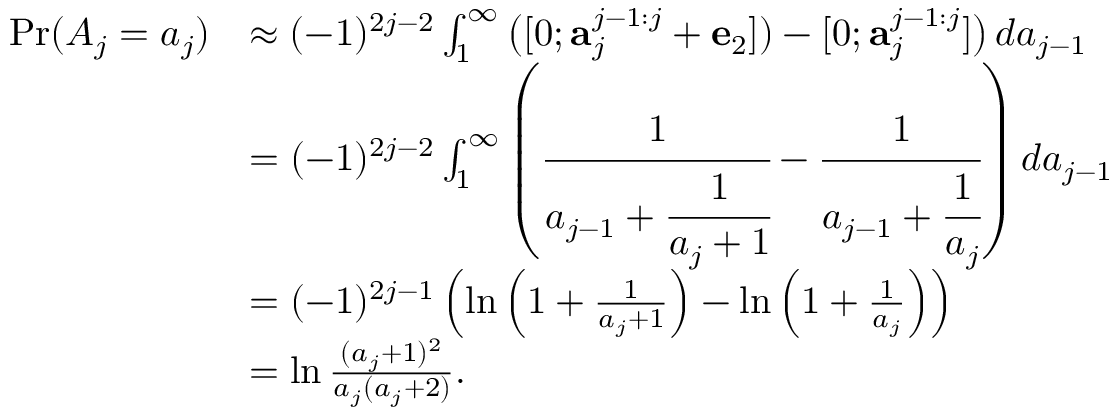
\begin{array} { r l } { \operatorname* { P r } ( A _ { j } = a _ { j } ) } & { \approx ( - 1 ) ^ { 2 j - 2 } \int _ { 1 } ^ { \infty } \big ( [ 0 ; \mathbf { a } _ { j } ^ { j - 1 : j } + \mathbf { e } _ { 2 } ] ) - [ 0 ; \mathbf { a } _ { j } ^ { j - 1 : j } ] \big ) \, d a _ { j - 1 } } \\ & { = ( - 1 ) ^ { 2 j - 2 } \int _ { 1 } ^ { \infty } \left( \cfrac { 1 } { a _ { j - 1 } + \cfrac { 1 } { a _ { j } + 1 } } - \cfrac { 1 } { a _ { j - 1 } + \cfrac { 1 } { a _ { j } } } \right) d a _ { j - 1 } } \\ & { = ( - 1 ) ^ { 2 j - 1 } \left( \ln \left( 1 + \frac { 1 } { a _ { j } + 1 } \right) - \ln \left( 1 + \frac { 1 } { a _ { j } } \right) \right) } \\ & { = \ln \frac { ( a _ { j } + 1 ) ^ { 2 } } { a _ { j } ( a _ { j } + 2 ) } . } \end{array}